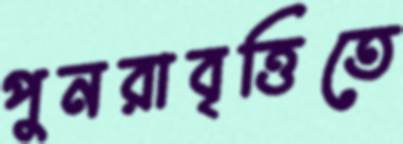
পুনরাবৃত্তিতে